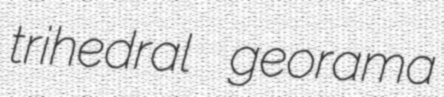
trihedral georama